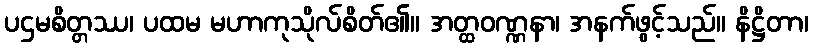
ပဌမစိတ္တဿ၊ ပထမ မဟာကုသိုလ်စိတ်၏။ အတ္ထဝဏ္ဏနာ၊ အနက်ဖွင့်သည်။ နိဋ္ဌိတာ၊